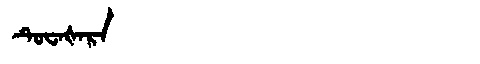
Manchu: ᡨᡠᠸᠠᡧᠠᡵᠠ
Romanization: TUWAŠARA